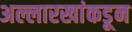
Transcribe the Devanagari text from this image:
अल्लारखांकडून